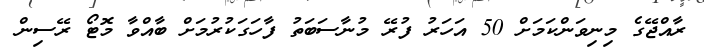
ރާއްޖޭގެ މިނިވަންކަމަށް 50 އަހަރު ފުރޭ މުނާސަަބަތު ފާހަގަކުރުމަށް ބާއްވާ މޮޓޯ ރޭސިން